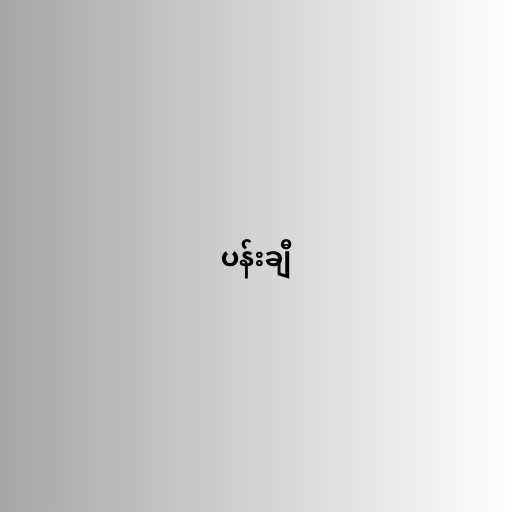
ပန်းချီ